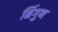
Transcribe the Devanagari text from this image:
र्निगुण